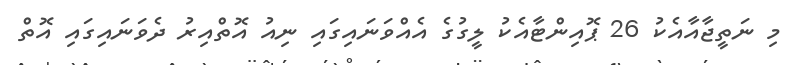
މި ނަތީޖާއާއެކު 26 ޕޮއިންޓާއެކު ލީގުގެ އެއްވަނައިގައި ނިއު އޮތްއިރު ދެވަނައިގައި އޮތް